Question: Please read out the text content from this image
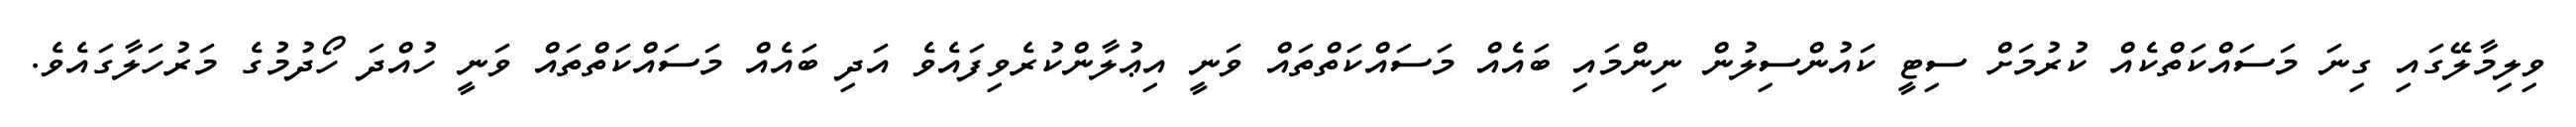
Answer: ވިލިމާލޭގައި ގިނަ މަސައްކަތްކެއް ކުރުމަށް ސިޓީ ކައުންސިލުން ނިންމައި ބައެއް މަސައްކަތްތައް ވަނީ އިޢުލާންކުރެވިފައެވެ އަދި ބައެއް މަސައްކަތްތައް ވަނީ ހުއްދަ ހޯދުމުގެ މަރުހަލާގައެވެ.